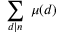
\sum _ { d | n } \; \mu ( d )